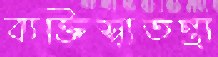
ব্যক্তিস্বাতন্ত্র্য